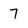
Character: 7